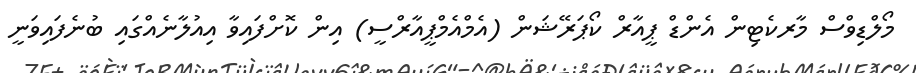
މޯލްޑިވްސް މާރކެޓިން އެންޑް ޕީއާރް ކޯޕަރޭޝަން (އެމްއެމްޕީއާރްސީ) އިން ކޮށްފައިވާ އިއުލާނެއްގައި ބުނެފައިވަނީ